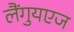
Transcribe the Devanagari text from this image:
लैंगुयएज